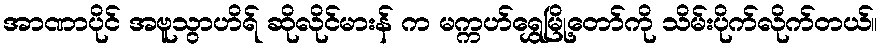
အာဏာပိုင် အဗူသွာဟိရ် ဆိုလိုင်မားန် က မက္ကဟ်ရွှေမြို့တော်ကို သိမ်းပိုက်လိုက်တယ်။